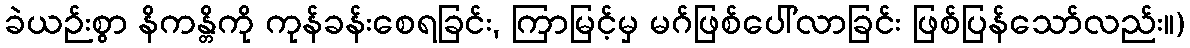
ခဲယဉ်းစွာ နိကန္တိကို ကုန်ခန်းစေရခြင်း, ကြာမြင့်မှ မဂ်ဖြစ်ပေါ်လာခြင်း ဖြစ်ပြန်သော်လည်း။)